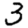
Digit: 3